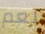
نعم